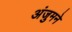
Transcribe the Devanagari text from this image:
अंजुमने